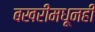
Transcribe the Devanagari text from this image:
बखरींमधूनही